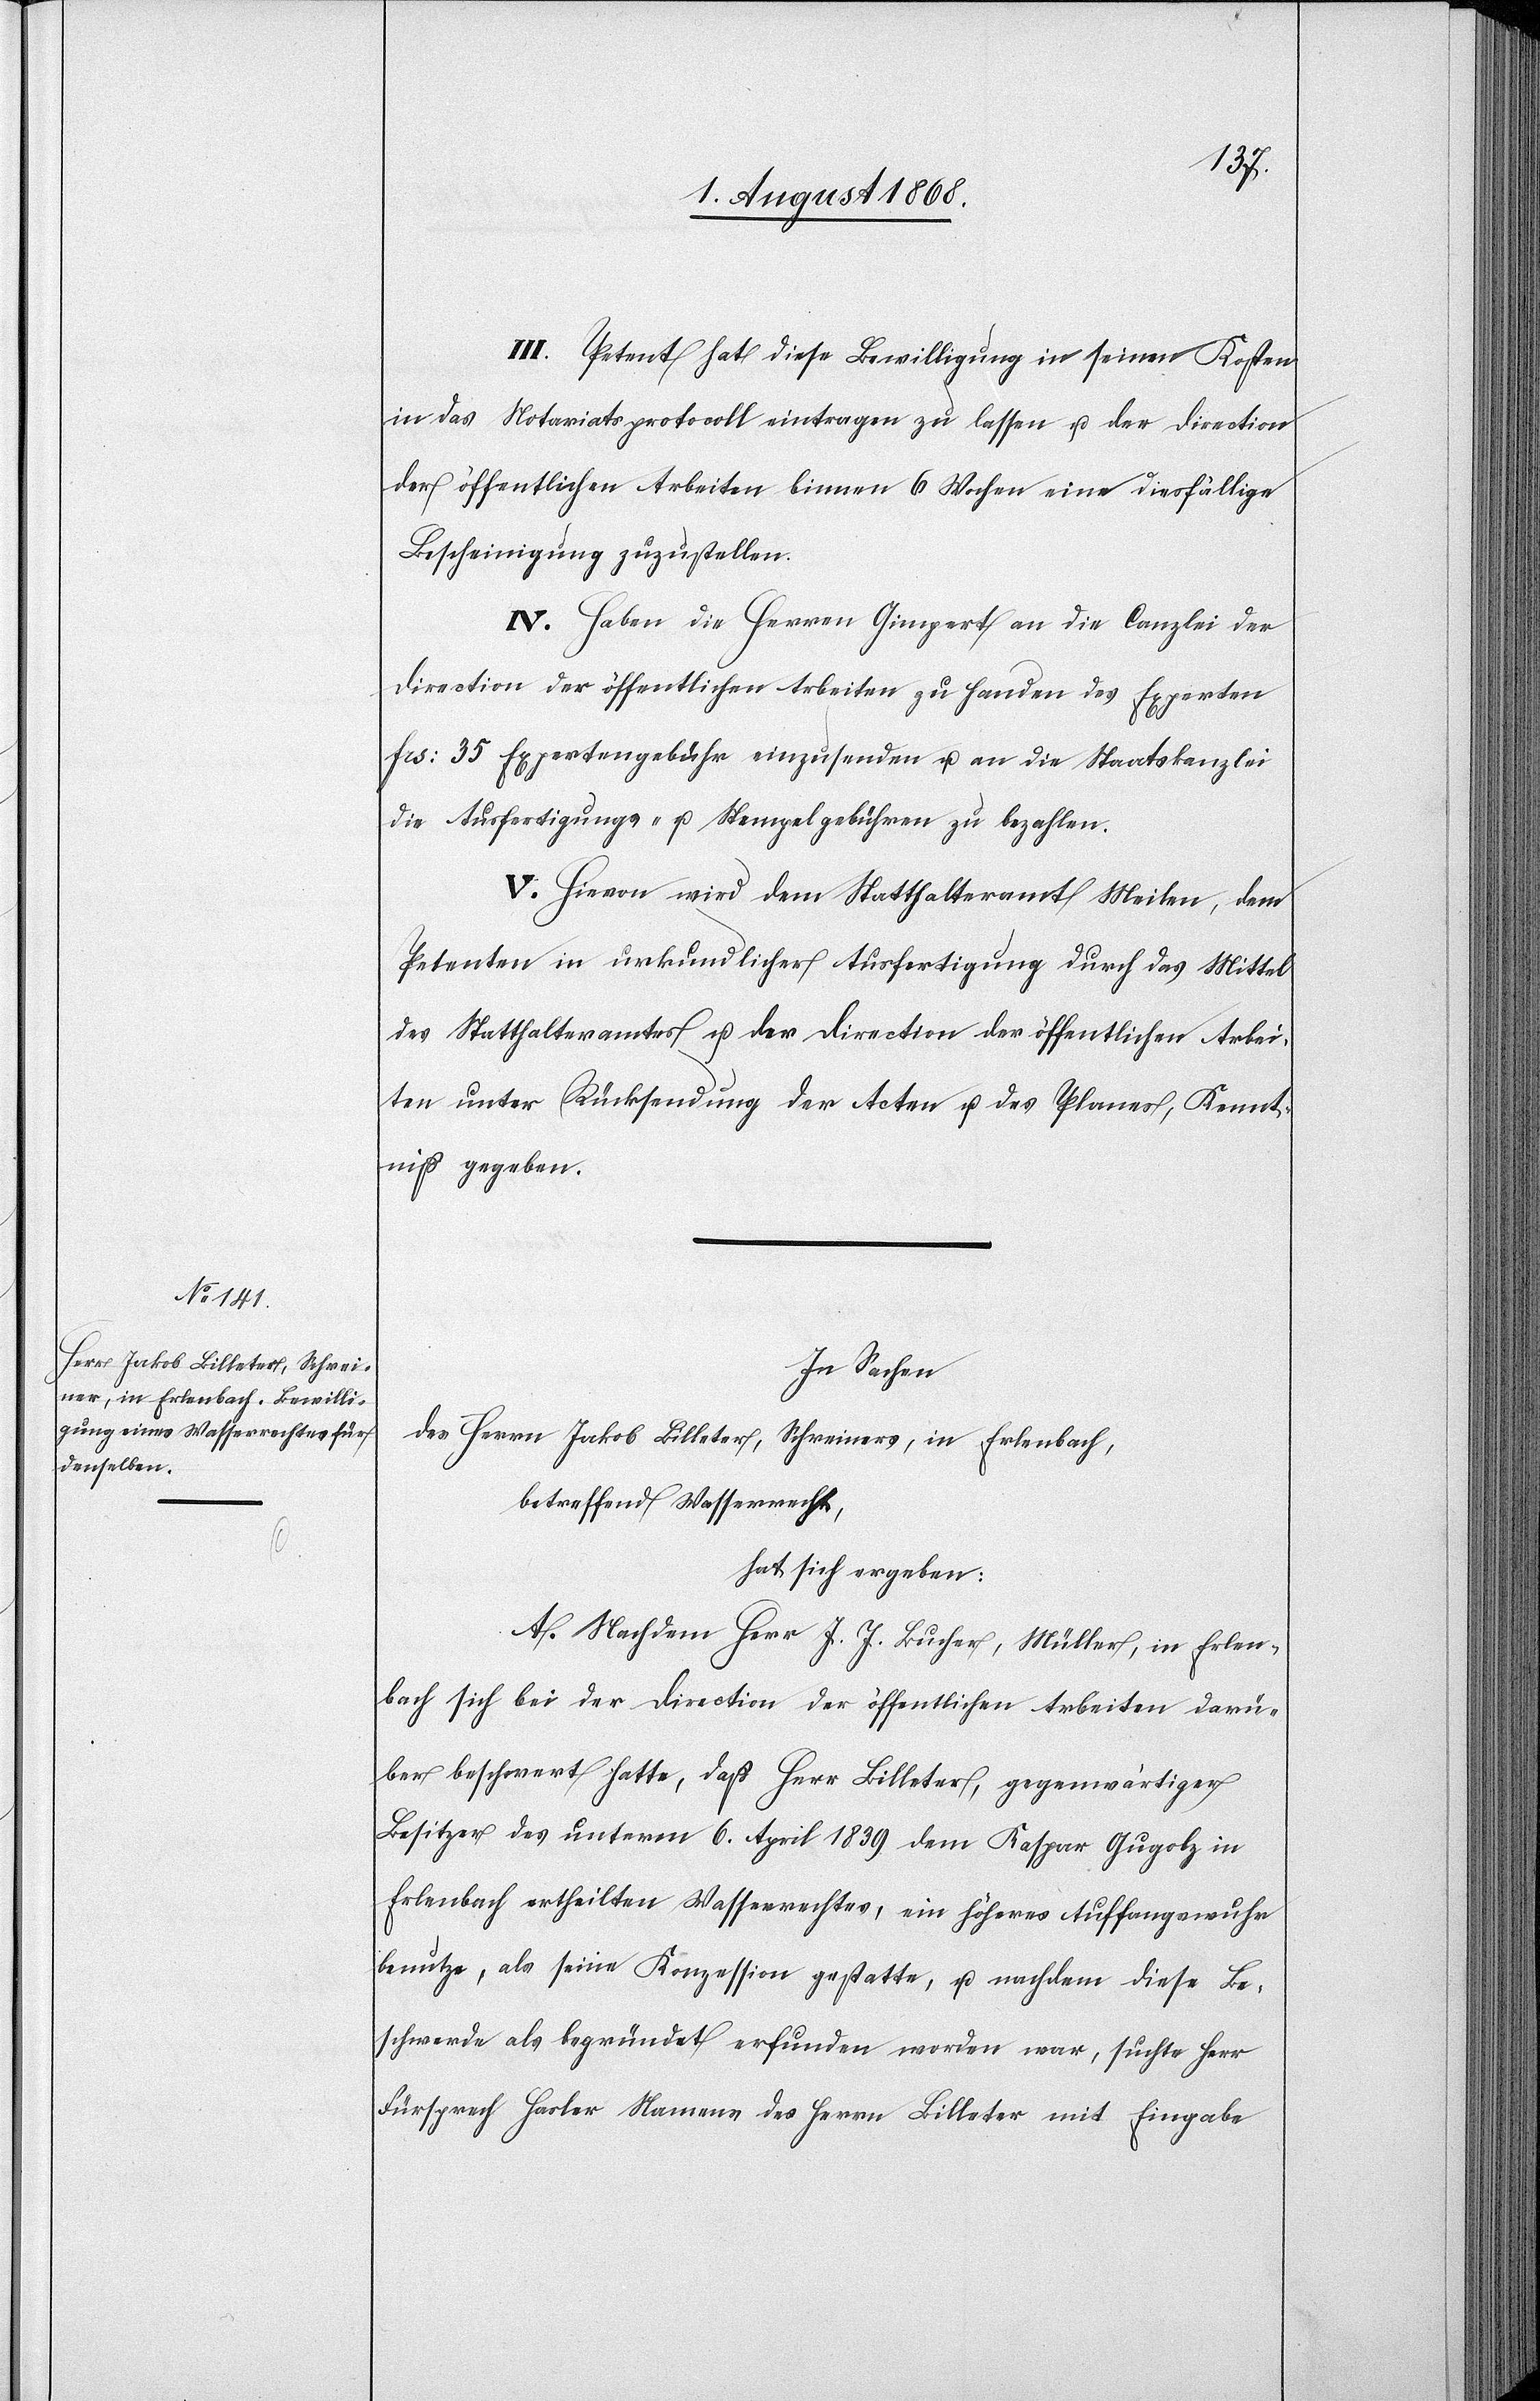
III. Petent hat diese Bewilligung in seinen Kosten
in das Notariatsprotocoll eintragen zu lassen u. der Direction
der öffentlichen Arbeiten binnen 6 Wochen eine diesfällige
Bescheinigung zuzustellen.
IV. Haben die Herren Gimpert an die Canzlei der
Direction der öffentlichen Arbeiten zu Handen des Experten
Frs: 35 Expertengebühr einzusenden u. an die Staatskanzlei
die Ausfertigungs- u. Stempelgebühren zu bezahlen.
V. Hievon wird dem Statthalteramt Meilen, dem
Petenten in urkundlicher Ausfertigung durch das Mittel
des Statthalteramtes u. der Direction der öffentlichen Arbei¬
ten unter Rücksendung der Acten u. des Planes, Kennt¬
niß gegeben.
In Sachen
des Herrn Jakob Billeter, Schreiners, in Erlenbach,
betreffend Wasserrecht,
hat sich ergeben:
A. Nachdem Herr J. J. Bucher, Müller, in Erlen¬
bach sich bei der Direction der öffentlichen Arbeiten darü¬
ber beschwert hatte, daß Herr Billeter, gegenwärtiger
Besitzer des unterm 6. April 1839 dem Kaspar Gugolz in
Erlenbach ertheilten Wasserrechtes, ein höheres Auffangswuhr
benutze, als seine Konzession gestatte, u. nachdem diese Be¬
schwerde als begründet erfunden worden war, suchte Herr
Fürsprech Hasler Namens des Herrn Billeter mit Eingabe